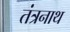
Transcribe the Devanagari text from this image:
तंंत्रनाथ